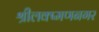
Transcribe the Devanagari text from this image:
श्रीलक्ष्मणनगर